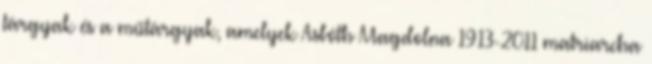
tárgyak és a műtárgyak, amelyek Asbóth Magdolna 1913-2011 matriarcha